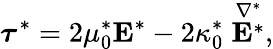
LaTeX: \boldsymbol{\tau}^{*}=2\mu_{0}^{*}\boldsymbol{\mathrm{E}}^{*}-2\kappa_{0}^{*}\stackrel{\nabla^{*}}{\boldsymbol{\mathrm{E}}^{*}},